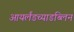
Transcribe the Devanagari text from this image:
आयर्लंडच्याडब्लिन